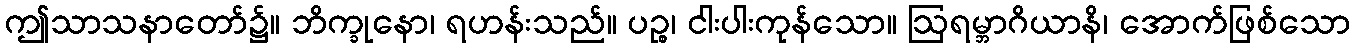
ဤသာသနာတော်၌။ ဘိက္ခုနော၊ ရဟန်းသည်။ ပဉ္စ၊ ငါးပါးကုန်သော။ ဩရမ္ဘာဂိယာနိ၊ အောက်ဖြစ်သော